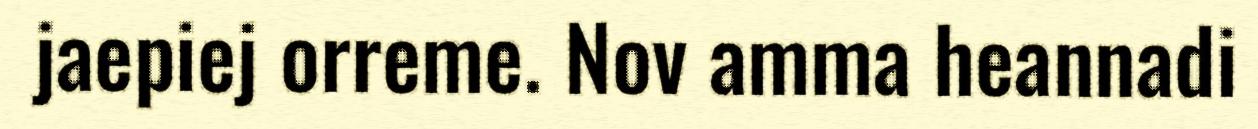
jaepiej orreme. Nov amma heannadi